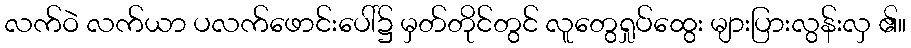
လက်ဝဲ လက်ယာ ပလက်ဖောင်းပေါ်၌ မှတ်တိုင်တွင် လူတွေရှုပ်ထွေး များပြားလွန်းလှ ၏။